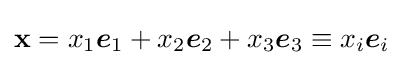
\mathbf {x} =x_{1}{\boldsymbol {e}}_{1}+x_{2}{\boldsymbol {e}}_{2}+x_{3}{\boldsymbol {e}}_{3}\equiv x_{i}{\boldsymbol {e}}_{i}